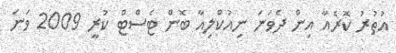
އުތުރު ކޮރެއާ އިން ދެވަނަ ނިއުކްލިއާ ބޮން ޓެސްޓް ކުރީ 2009 ވަނަ